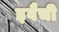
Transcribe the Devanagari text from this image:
इवैची